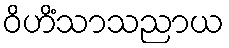
ဝိဟိံသာသညာယ